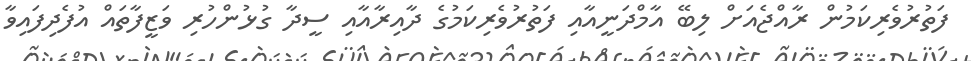
ފަތުރުވެރިކަމުން ރާއްޖެއަށް ލިބޭ އާމްދަނީއާއި ފަތުރުވެރިކަމުގެ ދާއިރާއާއި ސީދާ ގުޅުންހުރި ވަޒީފާތައް އުފެދިފައިވާ